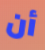
أن